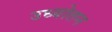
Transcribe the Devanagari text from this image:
उध्योतन